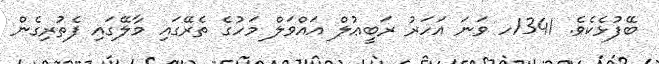
ބޭފުޅެކެވެ. 1341ހ ވަނަ އަހަރު ރަބީޢުލް އައްވަލް މަހުގެ ތެރޭގައި މާލޭގައި ފެތުރިގެން